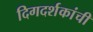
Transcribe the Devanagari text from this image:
दिगदर्शकांची